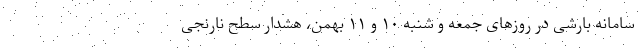
سامانه بارشی در روزهای جمعه و شنبه ۱۰ و ۱۱ بهمن، هشدار سطح نارنجی